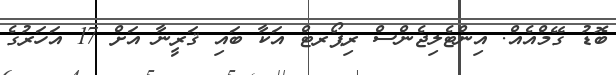
ބޮޑު ގޭމްއެއް. އިންޓެލިޖެންސް ރިޕޯރޓް އަކާ ބައި ޤަރީނާ އަށް 17 އަހަރުގެ